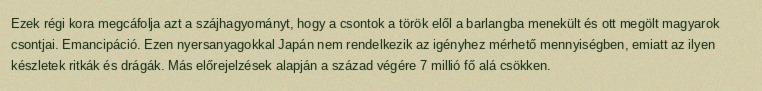
Ezek régi kora megcáfolja azt a szájhagyományt, hogy a csontok a török elől a barlangba menekült és ott megölt magyarok csontjai. Emancipáció. Ezen nyersanyagokkal Japán nem rendelkezik az igényhez mérhető mennyiségben, emiatt az ilyen készletek ritkák és drágák. Más előrejelzések alapján a század végére 7 millió fő alá csökken.